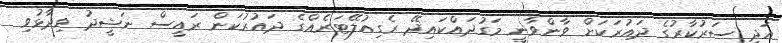
އަދި ސަރުކާރުގެ ދައުރަކަށް ވާންވާނީ މަގުދައްކައިދޭ ރެގިއުލޭޓަރެއްގެ ދައުރުކަން ރައީސް ނަޝީދު ވިދާޅުވި